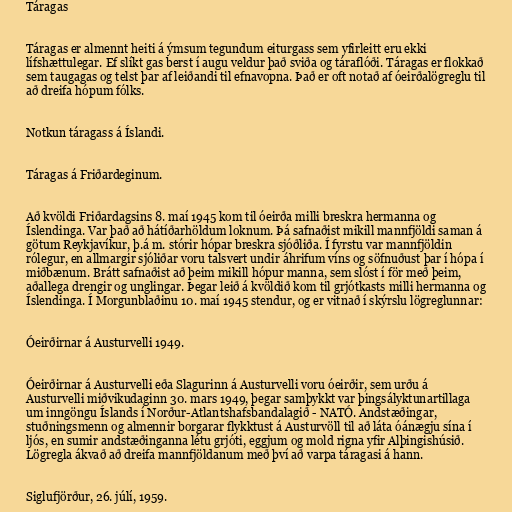
Táragas

Táragas er almennt heiti á ýmsum tegundum eiturgass sem yfirleitt eru ekki
lífshættulegar. Ef slíkt gas berst í augu veldur það sviða og táraflóði. Táragas er flokkað
sem taugagas og telst þar af leiðandi til efnavopna. Það er oft notað af óeirðalögreglu til
að dreifa hópum fólks.

Notkun táragass á Íslandi.

Táragas á Friðardeginum.

Að kvöldi Friðardagsins 8. maí 1945 kom til óeirða milli breskra hermanna og
Íslendinga. Var það að hátíðarhöldum loknum. Þá safnaðist mikill mannfjöldi saman á
götum Reykjavíkur, þ.á m. stórir hópar breskra sjóðliða. Í fyrstu var mannfjöldin
rólegur, en allmargir sjóliðar voru talsvert undir áhrifum víns og söfnuðust þar í hópa í
miðbænum. Brátt safnaðist að þeim mikill hópur manna, sem slóst í för með þeim,
aðallega drengir og unglingar. Þegar leið á kvöldið kom til grjótkasts milli hermanna og
Íslendinga. Í Morgunblaðinu 10. maí 1945 stendur, og er vitnað í skýrslu lögreglunnar:

Óeirðirnar á Austurvelli 1949.

Óeirðirnar á Austurvelli eða Slagurinn á Austurvelli voru óeirðir, sem urðu á
Austurvelli miðvikudaginn 30. mars 1949, þegar samþykkt var þingsályktunartillaga
um inngöngu Íslands í Norður-Atlantshafsbandalagið - NATÓ. Andstæðingar,
stuðningsmenn og almennir borgarar flykktust á Austurvöll til að láta óánægju sína í
ljós, en sumir andstæðinganna létu grjóti, eggjum og mold rigna yfir Alþingishúsið.
Lögregla ákvað að dreifa mannfjöldanum með því að varpa táragasi á hann.

Siglufjörður, 26. júlí, 1959.